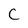
Character: C